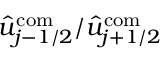
\hat { u } _ { j - 1 / 2 } ^ { \mathrm { c o m } } / \hat { u } _ { j + 1 / 2 } ^ { \mathrm { c o m } }